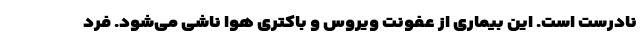
نادرست است. این بیماری از عفونت ویروس و باکتری هوا ناشی می‌شود. فرد